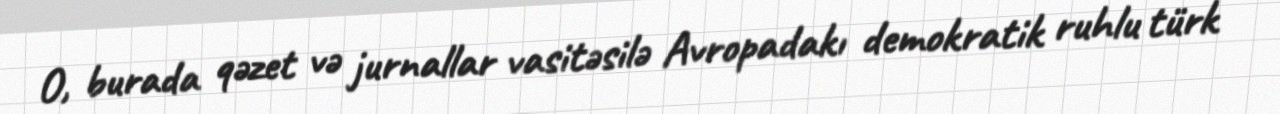
O, burada qəzet və jurnallar vasitəsilə Avropadakı demokratik ruhlu türk